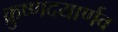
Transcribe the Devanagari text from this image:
क्रुष्णदयार्णव